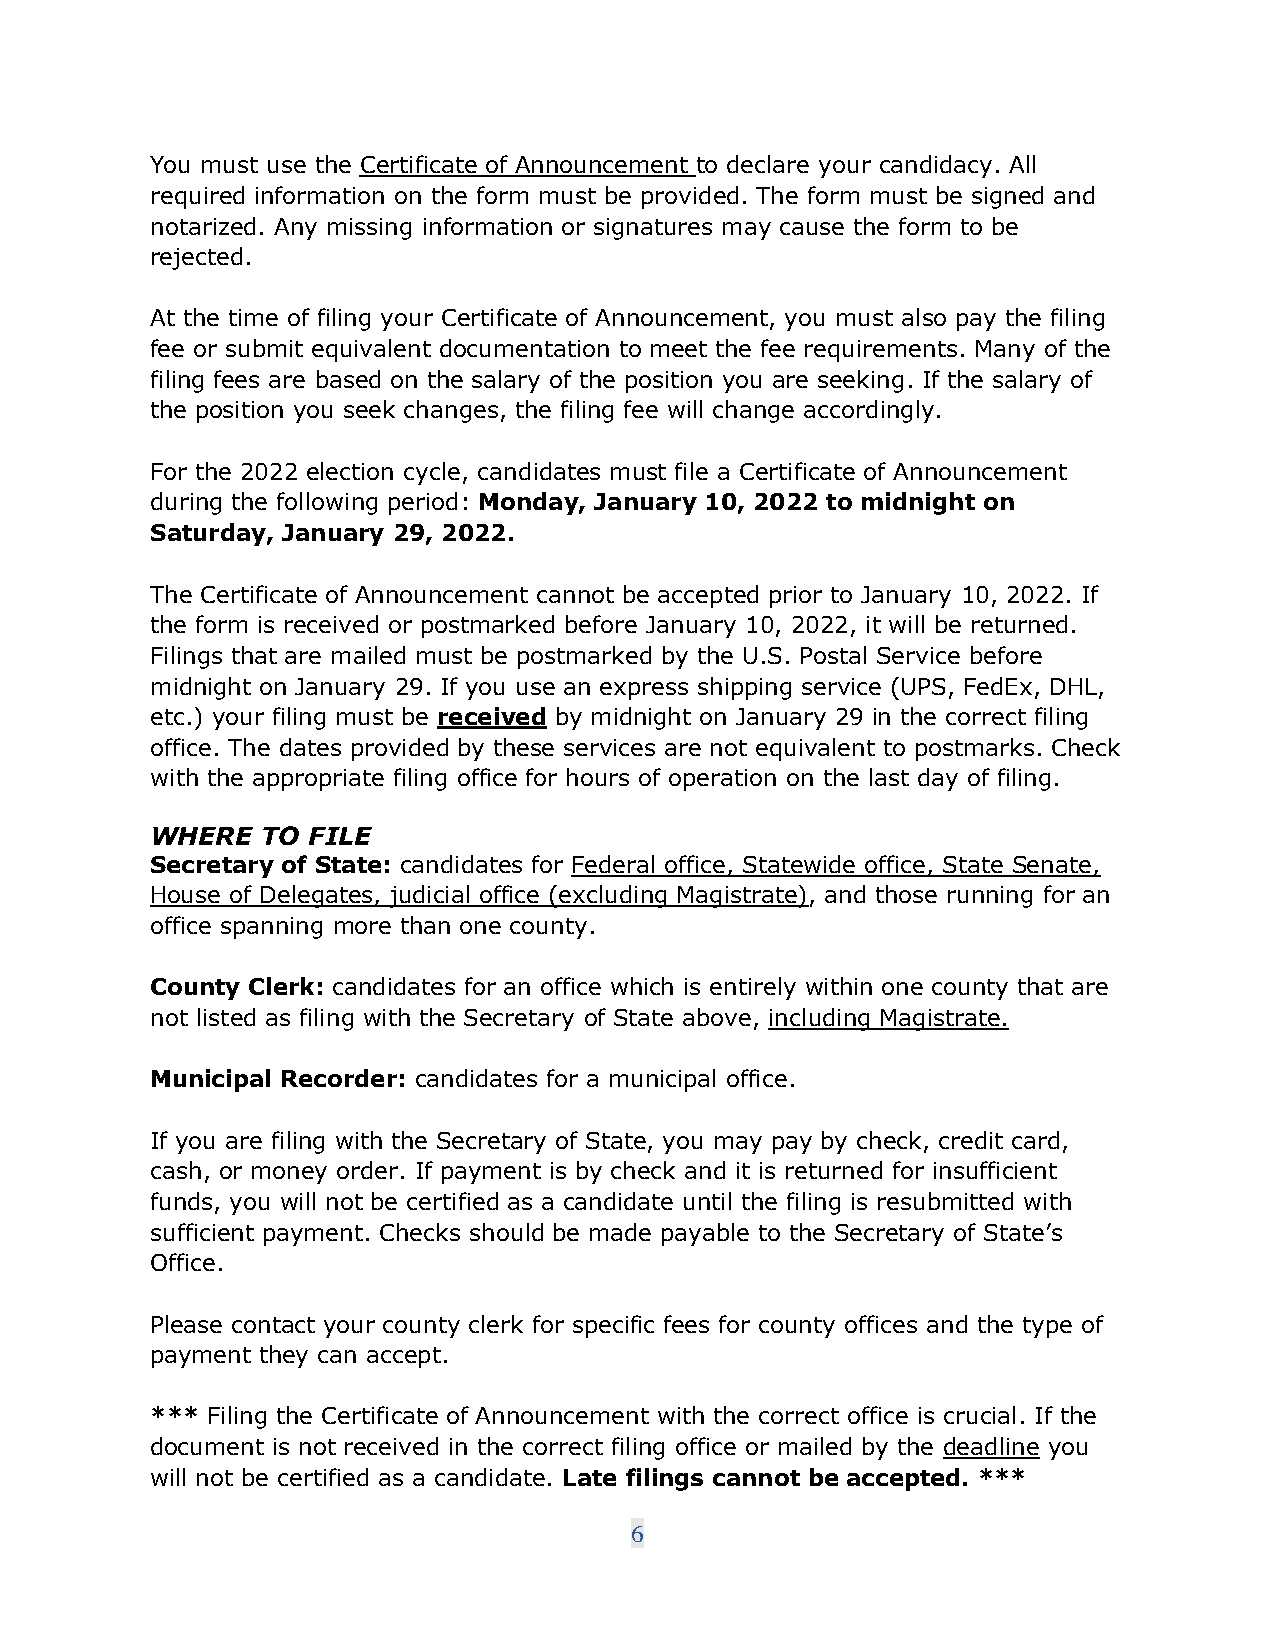
You must use the Certificate of Announcement to declare your candidacy. All
 required information on the form must be provided. The form must be signed and
 notarized. Any missing information or signatures may cause the form to be
 rejected.
 At the time of filing your Certificate of Announcement, you must also pay the filing
 fee or submit equivalent documentation to meet the fee requirements. Many of the
 filing fees are based on the salary of the position you are seeking. If the salary of
 the position you seek changes, the filing fee will change accordingly.
 For the 2022 election cycle, candidates must file a Certificate of Announcement
 during the following period: Monday, January 10, 2022 to midnight on
 Saturday, January 29, 2022.
 The Certificate of Announcement cannot be accepted prior to January 10, 2022. If
 the form is received or postmarked before January 10, 2022, it will be returned.
 Filings that are mailed must be postmarked by the U.S. Postal Service before
 midnight on January 29. If you use an express shipping service (UPS, FedEx, DHL,
 etc.) your filing must be received by midnight on January 29 in the correct filing
 office. The dates provided by these services are not equivalent to postmarks. Check
 with the appropriate filing office for hours of operation on the last day of filing.
 WHERE  TO FILE
 Secretary of State: candidates for Federal office, Statewide office, State Senate,
 House of Delegates, judicial office (excluding Magistrate), and those running for an
 office spanning more than one county.
 County Clerk: candidates for an office which is entirely within one county that are
 not listed as filing with the Secretary of State above, including Magistrate.
 Municipal Recorder: candidates for a municipal office.
 If you are filing with the Secretary of State, you may pay by check, credit card,
 cash, or money order. If payment is by check and it is returned for insufficient
 funds, you will not be certified as a candidate until the filing is resubmitted with
 sufficient payment. Checks should be made payable to the Secretary of State’s
 Office.
 Please contact your county clerk for specific fees for county offices and the type of
 payment they can accept.
 *** Filing the Certificate of Announcement with the correct office is crucial. If the
 document is not received in the correct filing office or mailed by the deadline you
 will not be certified as a candidate. Late filings cannot be accepted. ***
 6